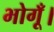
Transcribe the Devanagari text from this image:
भोगूँ।